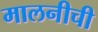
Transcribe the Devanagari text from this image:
मालनीची